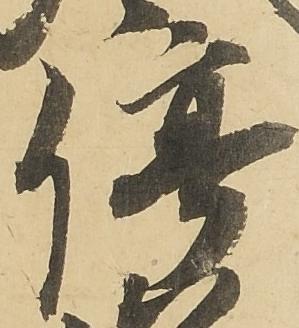
停